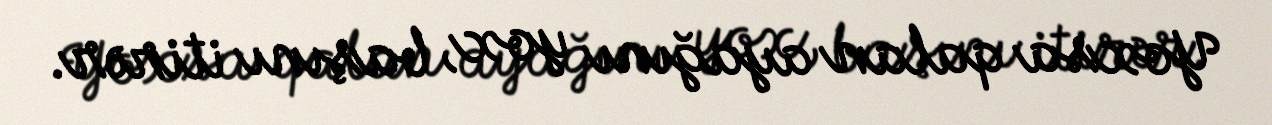
Yoxsa qalan ayağını yox, başını itirər.